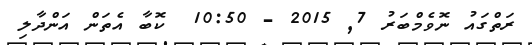
ރަތްގައު ނޮވެމްބަރު 7